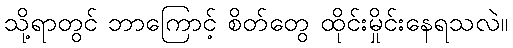
သို့ရာတွင် ဘာကြောင့် စိတ်တွေ ထိုင်းမှိုင်းနေရသလဲ။